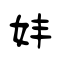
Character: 妦